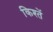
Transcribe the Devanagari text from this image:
किश्तें